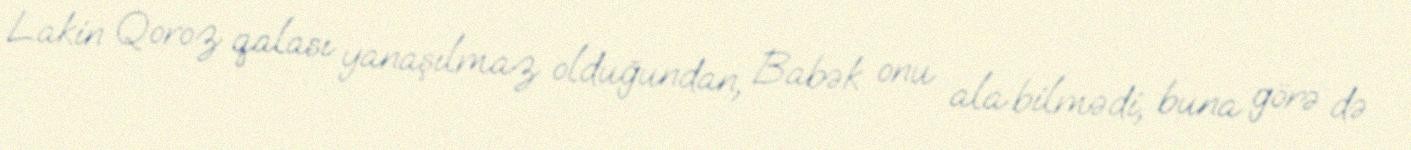
Lakin Qoroz qalası yanaşılmaz olduğundan, Babək onu ala bilmədi, buna görə də